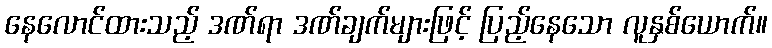
နေလောင်ထားသည့် ဒဏ်ရာ ဒဏ်ချက်များဖြင့် ပြည့်နေသော လူနှစ်ယောက်။